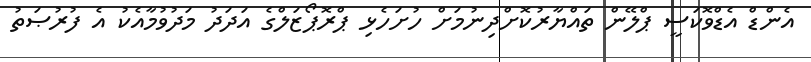
އެންޑް އެޑްވޮކަސީ ޕްލޭން ތައްޔާރުކޮށްދިނުމަށް ހުށަހެޅި ޕްރޮޕޯޒަލްގެ އަދަދު މަދުވުމާއެކު އެ ފުރުޞަތު